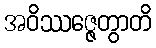
အဝိဿဇ္ဇေတွာတိ